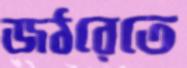
জঠরেতে